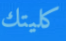
كليتك